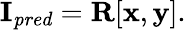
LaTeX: \mathbf{I}_{\mathit{pred}}=\mathbf{R}[\mathbf{x},\mathbf{y}].